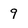
Character: 9